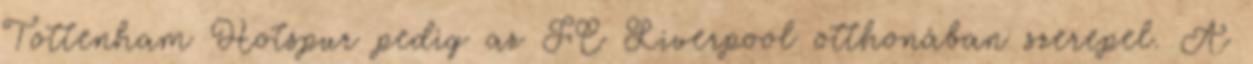
Tottenham Hotspur pedig az FC Liverpool otthonában szerepel. A